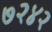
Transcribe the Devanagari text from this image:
७२४२